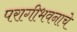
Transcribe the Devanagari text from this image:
परागीभवनाचे